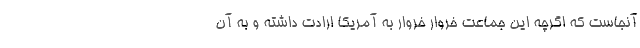
آنجاست که اگرچه این جماعت خروار خروار به آمریکا ارادت داشته و به آن